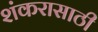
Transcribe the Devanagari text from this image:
शंकरासाठी